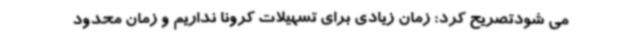
می شودتصریح کرد: زمان زیادی برای تسهیلات کرونا نداریم و زمان محدود